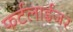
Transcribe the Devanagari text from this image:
फर्टलाईजर